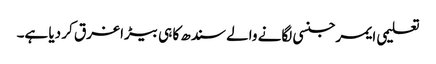
تعلیمی ایمرجنسی لگانے والے سندھ کا ہی بیڑا غرق کر دیا ہے۔